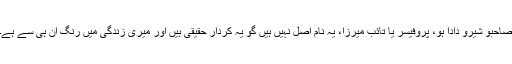
صاحبو شیرو دادا ہو، پروفیسر یا تائب میرزا، یہ نام اصل نہیں ہیں گو یہ کردار حقیقی ہیں اور میری زندگی میں رنگ ان ہی سے ہے۔